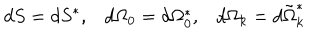
LaTeX: d S = d S ^ { * } , d \Omega _ { 0 } = d \Omega _ { 0 } ^ { * } , d \Omega _ { k } = d \tilde { \Omega } _ { k } ^ { * }